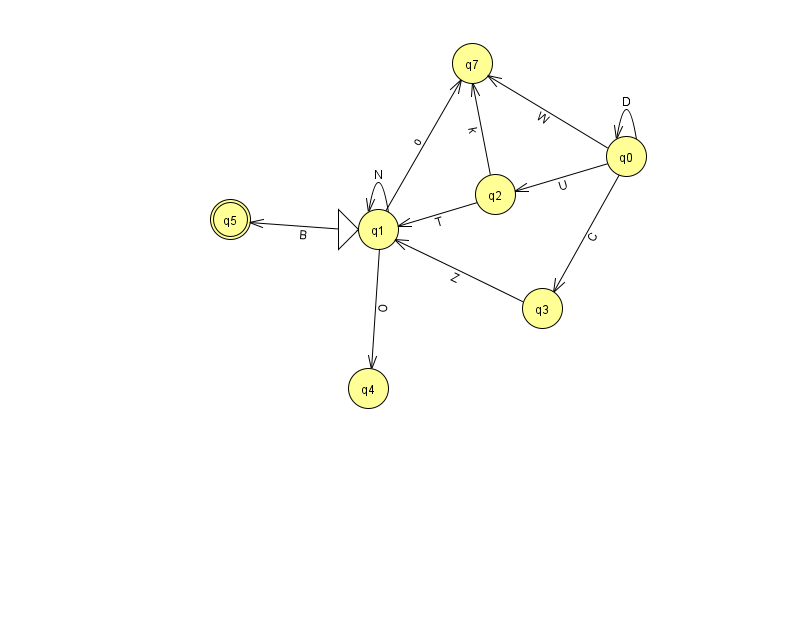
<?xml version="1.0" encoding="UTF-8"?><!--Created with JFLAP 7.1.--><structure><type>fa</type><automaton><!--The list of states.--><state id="0" name="q0"><x>626.0</x><y>143.0</y></state><state id="1" name="q1"><x>378.0</x><y>216.0</y><initial/></state><state id="2" name="q2"><x>495.0</x><y>181.0</y></state><state id="3" name="q3"><x>542.0</x><y>295.0</y></state><state id="4" name="q4"><x>368.0</x><y>375.0</y></state><state id="5" name="q5"><x>230.0</x><y>206.0</y><final/></state><state id="7" name="q7"><x>472.0</x><y>50.0</y></state><!--The list of transitions.--><transition><from>0</from><to>2</to><read>U</read></transition><transition><from>0</from><to>0</to><read>D</read></transition><transition><from>0</from><to>7</to><read>W</read></transition><transition><from>1</from><to>7</to><read>o</read></transition><transition><from>1</from><to>4</to><read>O</read></transition><transition><from>1</from><to>5</to><read>B</read></transition><transition><from>0</from><to>3</to><read>C</read></transition><transition><from>3</from><to>1</to><read>Z</read></transition><transition><from>2</from><to>1</to><read>T</read></transition><transition><from>1</from><to>1</to><read>N</read></transition><transition><from>2</from><to>7</to><read>k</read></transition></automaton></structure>